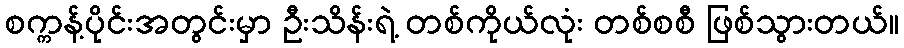
စက္ကန့်ပိုင်းအတွင်းမှာ ဦးသိန်းရဲ့ တစ်ကိုယ်လုံး တစ်စစီ ဖြစ်သွားတယ်။